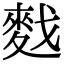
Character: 䴰